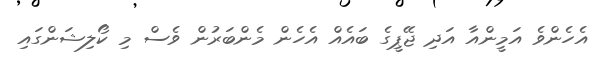
އެހެންވެ އަމީންއާ އަދި ޖޭޕީގެ ބައެއް އެހެން މެންބަރުން ވެސް މި ކޯލިޝަންގައި